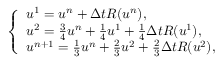
\left\{ \begin{array} { l l } { u ^ { 1 } = u ^ { n } + \Delta t R ( u ^ { n } ) , } \\ { u ^ { 2 } = \frac { 3 } { 4 } u ^ { n } + \frac { 1 } { 4 } u ^ { 1 } + \frac { 1 } { 4 } \Delta t R ( u ^ { 1 } ) , } \\ { u ^ { n + 1 } = \frac { 1 } { 3 } u ^ { n } + \frac { 2 } { 3 } u ^ { 2 } + \frac { 2 } { 3 } \Delta t R ( u ^ { 2 } ) , } \end{array} \right.